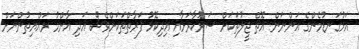
އަޅުގަނޑުމެންގެ އަންނަން އޮތް ޖީލުތަކަށް ސަރުކާރަށާއި އިދިކޮޅު ފަރާތްތަކަށްވެސް އަދި އާންމު ރައްޔިތުންނަށް